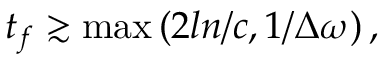
t _ { f } \gtrsim \operatorname* { m a x } \left( 2 l n / c , 1 / \Delta \omega \right) ,